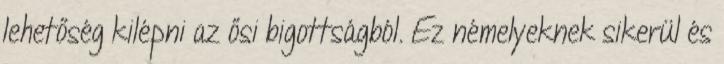
lehetőség kilépni az ősi bigottságból. Ez némelyeknek sikerül és